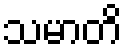
သမာတိ